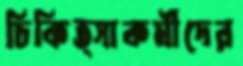
চিকিত্সাকর্মীদের